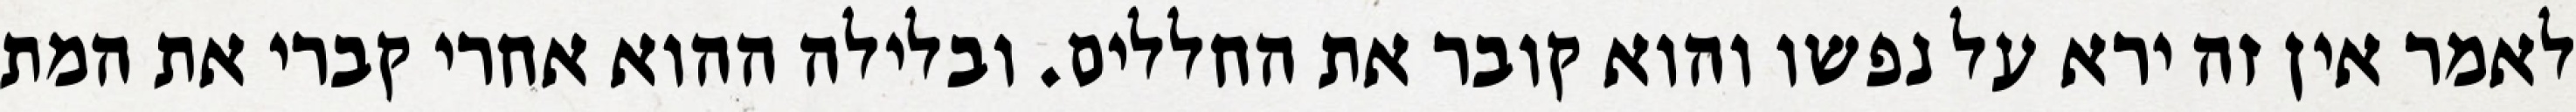
לאמר אין זה ירא על נפשו והוא קובר את החללים. ובלילה ההוא אחרי קברי את המת